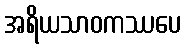
အရိယသာဝကဿပေ